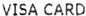
VISA CARD